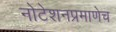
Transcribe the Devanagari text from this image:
नोटेशनप्रमाणेच